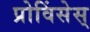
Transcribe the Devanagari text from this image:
प्रोविंसेस्